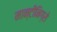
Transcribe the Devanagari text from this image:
मान्टीनिग्रो